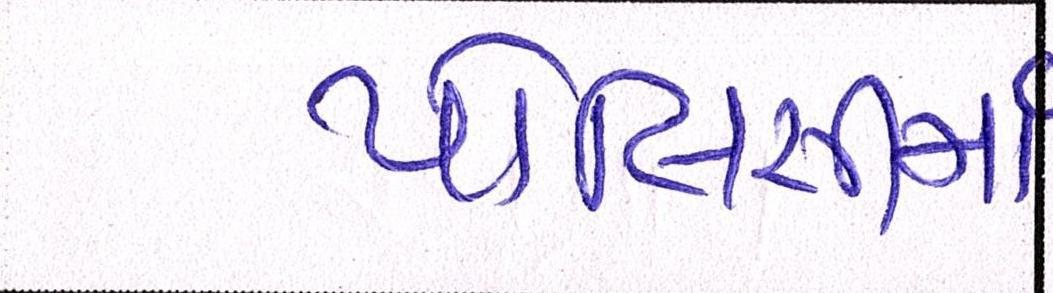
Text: પોલિસીમાં